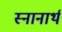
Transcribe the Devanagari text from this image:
स्‍नानार्थ